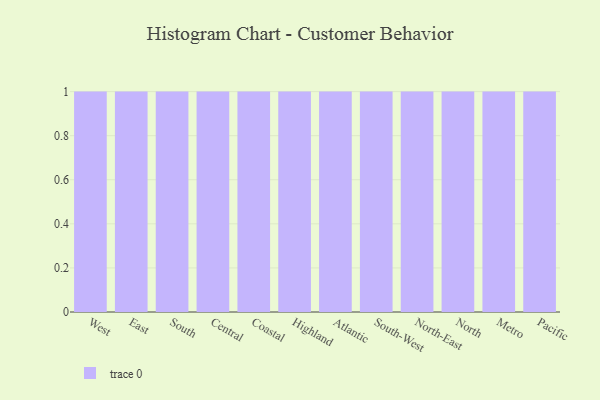
{"axis": {"x": "Region", "y": "LTV (USD)"}, "legend": [""], "data": [{"x": "West", "y": 70, "type": ""}, {"x": "East", "y": 77, "type": ""}, {"x": "South", "y": 79, "type": ""}, {"x": "Central", "y": 5, "type": ""}, {"x": "Coastal", "y": 43, "type": ""}, {"x": "Highland", "y": 11, "type": ""}, {"x": "Atlantic", "y": 75, "type": ""}, {"x": "South-West", "y": 18, "type": ""}, {"x": "North-East", "y": 35, "type": ""}, {"x": "North", "y": 89, "type": ""}, {"x": "Metro", "y": 58, "type": ""}, {"x": "Pacific", "y": 72, "type": ""}]}